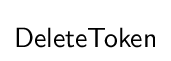
{\mathsf {DeleteToken}}